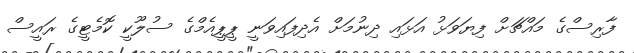
ފާރިސްގެ މައްޗަށް ފިޔަވަޅު އަޅައި ދިނުމަށް އެދިފައިވަނީ ޕީޕީއެމްގެ ސުލޫކީ ކޮމެޓީގެ ރައީސް